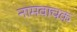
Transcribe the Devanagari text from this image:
नामवाचक